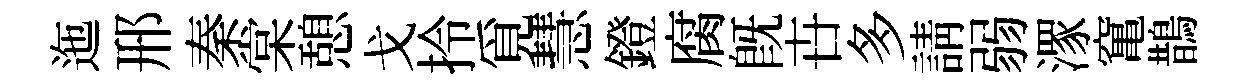
迤邢秦棠憩戈拎覓慧鐙腐既卋多請弱潈𥧄鵲